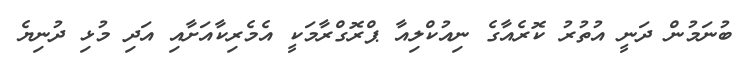
ބުނަމުން ދަނީ އުތުރު ކޮރެއާގެ ނިއުކްލިއާ ޕްރޮގްރާމަކީ އެމެރިކާއަށާއި އަދި މުޅި ދުނިޔެ